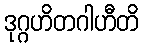
ဒုဂ္ဂဟိတဂါဟီတိ